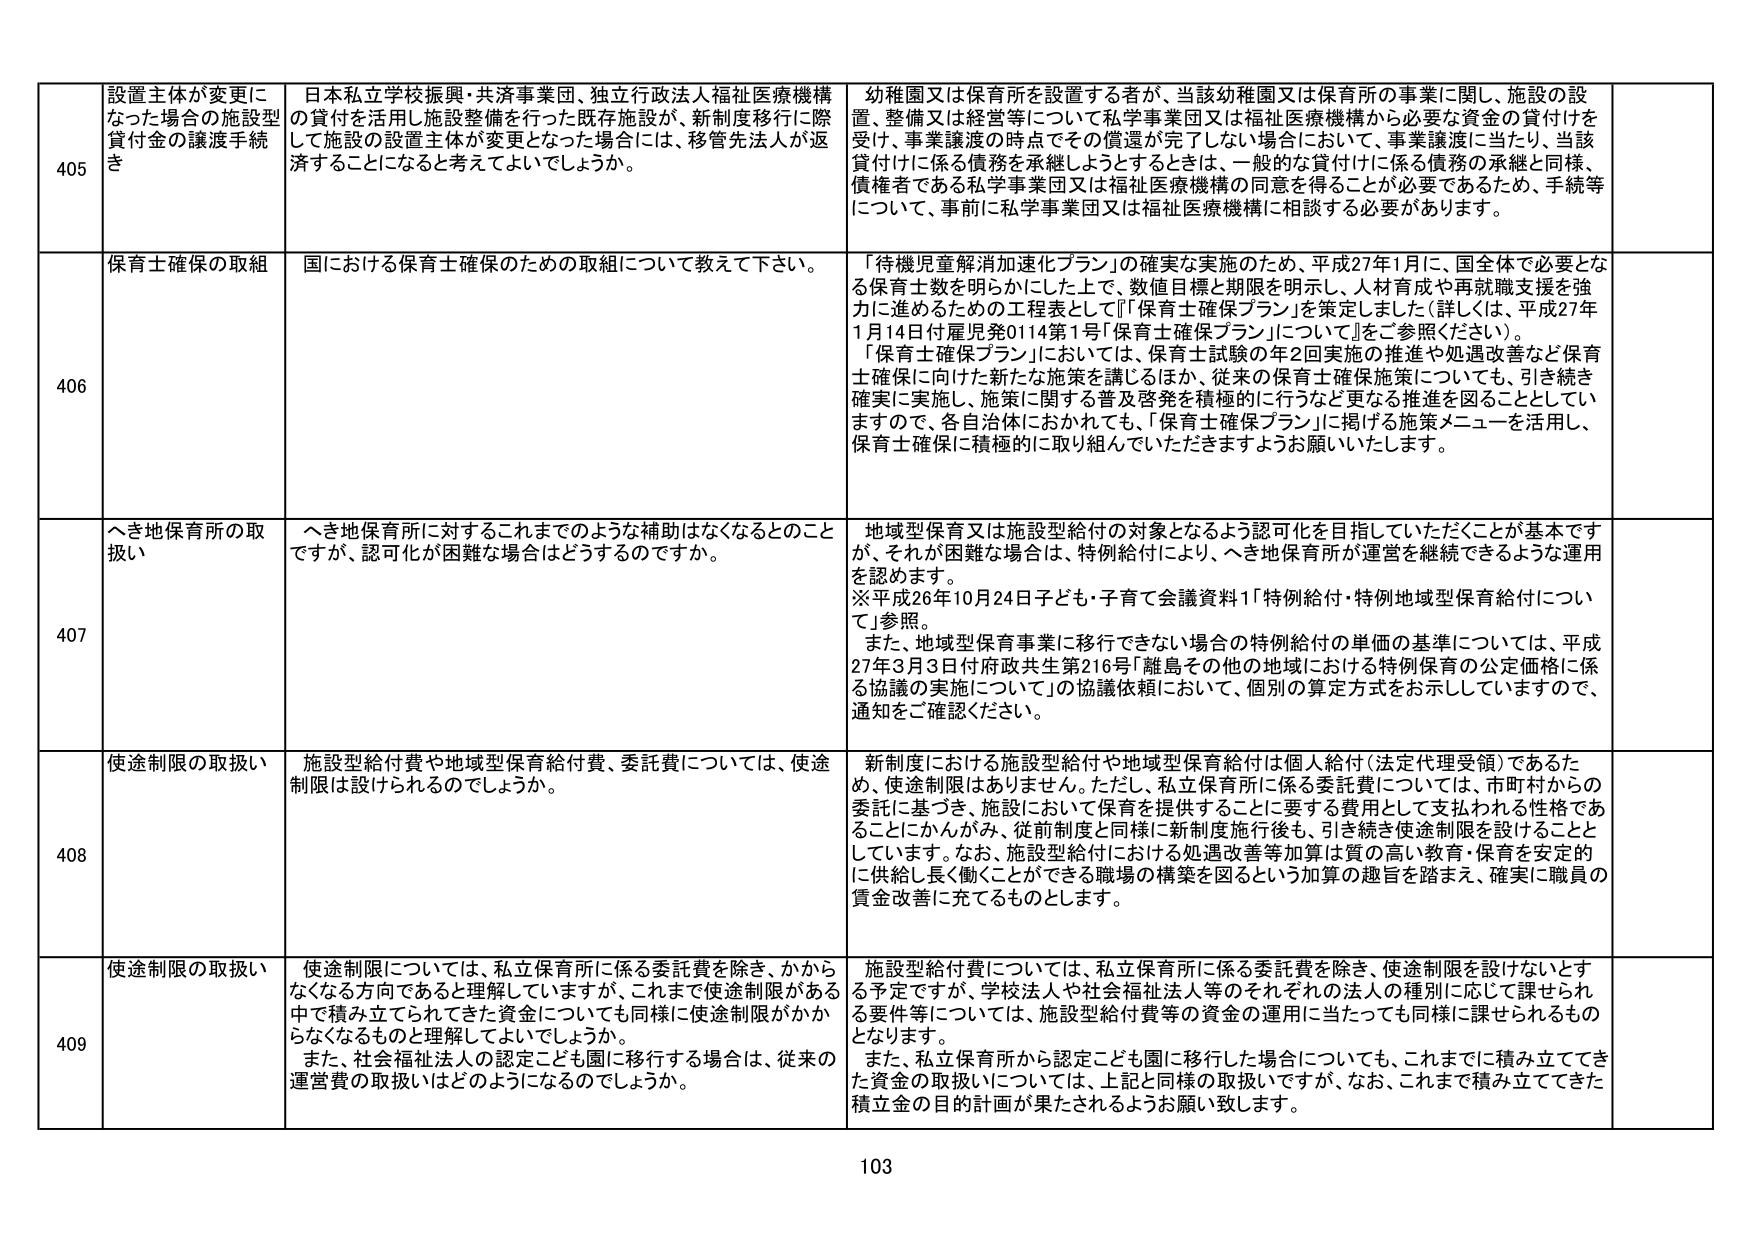
405 設置主体が変更になった場合の施設型貸付金の譲渡手続き
日本私立学校振興・共済事業団、独立行政法人福祉医療機構の貸付を活用し施設整備を行った既存施設が、新制度移行に際して施設の設置主体が変更となった場合には、移管先法人が返済することになると考えてよいでしょうか。
幼稚園又は保育所を設置する者が、当該幼稚園又は保育所の事業に関し、施設の設置、整備又は経営等について私学事業団又は福祉医療機構から必要な資金の貸付けを受け、事業譲渡の時点でその償還が完了しない場合において、事業譲渡に当たり、当該貸付けに係る債務を承継しようとするときは、一般的な貸付けに係る債務の承継と同様、債権者である私学事業団又は福祉医療機構の同意を得ることが必要であるため、手続等について、事前に私学事業団又は福祉医療機構に相談する必要があります。

406 保育士確保の取組
国における保育士確保のための取組について教えて下さい。
「待機児童解消加速化プラン」の確実な実施のため、平成27年1月に、国全体で必要となる保育士数を明らかにした上で、数値目標と期限を明示し、人材育成や再就職支援を強力に進めるための工程表として「『保育士確保プラン』を策定しました（詳しくは、平成27年1月14日付雇児発0114第1号「保育士確保プラン」について」をご参照ください）。
「保育士確保プラン」においては、保育士試験の年2回実施の推進や処遇改善など保育士確保に向けた新たな施策を講じるほか、従来の保育士確保施策についても、引き続き確実に実施し、施策に関する普及啓発を積極的に行うなど更なる推進を図ることとしていますので、各自治体におかれても、「保育士確保プラン」に掲げる施策メニューを活用し、保育士確保に積極的に取り組んでいただきますようお願いいたします。

407 へき地保育所の取扱い
へき地保育所に対するこれまでのような補助はなくなるとのことですが、認可化が困難な場合はどうするのですか。
地域型保育又は施設型給付の対象となるよう認可化を目指していただくことが基本ですが、それが困難な場合は、特例給付により、へき地保育所が運営を継続できるような運用を認めます。
※平成26年10月24日子ども・子育て会議資料1「特例給付・特例地域型保育給付について」参照。
また、地域型保育事業に移行できない場合の特例給付の単価の基準については、平成27年3月3日付府政共生第216号「離島その他の地域における特例保育の公定価格に係る協議の実施について」の協議依頼において、個別の算定方式をお示ししていますので、通知をご確認ください。

408 使途制限の取扱い
施設型給付費や地域型保育給付費、委託費については、使途制限は設けられるのでしょうか。
新制度における施設型給付や地域型保育給付は個人給付（法定代理受領）であるため、使途制限はありません。ただし、私立保育所に係る委託費については、市町村からの委託に基づき、施設において保育を提供することに要する費用として支払われる性格であることにかんがみ、従前制度と同様に新制度施行後も、引き続き使途制限を設けることとします。なお、施設型給付における処遇改善等加算は質の高い教育・保育を安定的に供給し長く働くことができる職場の構築を図るという加算の趣旨を踏まえ、確実に職員の賃金改善に充てるものとします。

409 使途制限の取扱い
使途制限については、私立保育所に係る委託費を除き、かからなくなる方向であると理解していますが、これまで使途制限がある中で積み立てられてきた資金についても同様に使途制限がかかるなくなるものと理解してよいでしょうか。
また、社会福祉法人の認定こども園に移行する場合は、従来の運営費の取扱いはどのようになるのでしょうか。
施設型給付費については、私立保育所に係る委託費を除き、使途制限を設けないとする予定ですが、学校法人や社会福祉法人等のそれぞれの法人の種別に応じて課せられる要件等については、施設型給付費等の資金の運用に当たっても同様に課せられるものとなります。
また、私立保育所から認定こども園に移行した場合についても、これまでに積み立ててきた資金の取扱いについては、上記と同様の取扱いですが、なお、これまで積み立ててきた積立金の目的計画が果たされるようお願い致します。

103